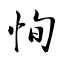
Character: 恂